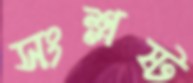
সংশ্লষ্ট